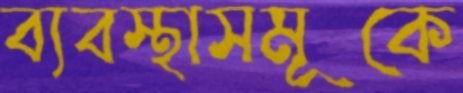
ব্যবস্থাসমূকে